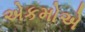
એકમોએ